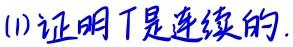
(1) 证明 \(T\) 是连续的.